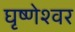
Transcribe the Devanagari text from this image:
घृष्‍णेश्‍वर